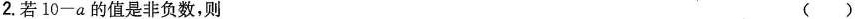
2.若 $$1 0 - α$$ 的值是非负数，则 ( )